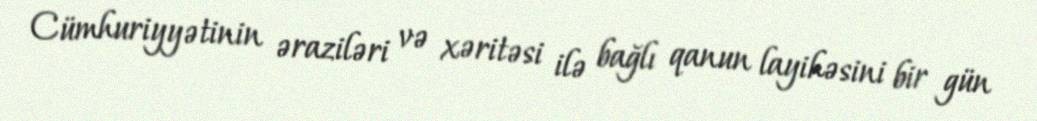
Cümhuriyyətinin əraziləri və xəritəsi ilə bağlı qanun layihəsini bir gün